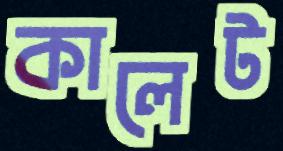
কালেট